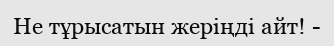
Не тұрысатын жеріңді айт! -